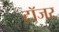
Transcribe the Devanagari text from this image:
टॉजर